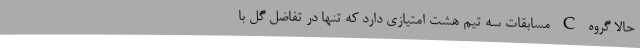
حالا گروه C مسابقات سه تیم هشت امتیازی دارد که تنها در تفاضل گل با